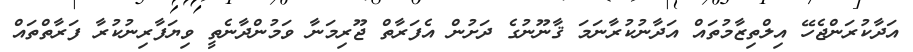
އަދާކުރަންޖެހޭ އިލްތިޒާމުތައް އަދާނުކުރާނަމަ ޤާނޫނުގެ ދަށުން އެފަރާތް ޖޫރިމަނާ ވަމުންދާނެތީ ވިޔަފާރިނުކުރާ ފަރާތްތައް